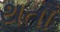
થતાઁ